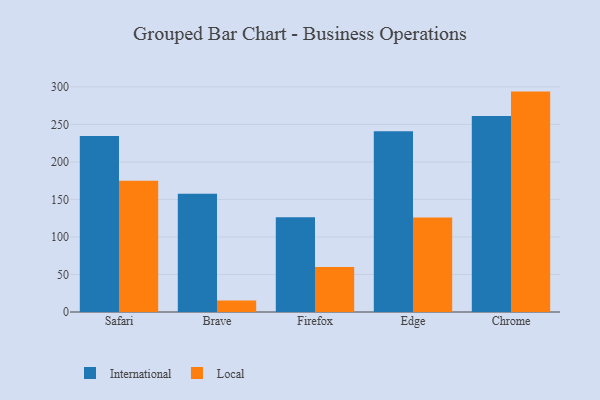
{"axis": {"x": "Browser", "y": "Shipments"}, "legend": ["International", "Local"], "data": [{"x": "Safari", "y": 234.4, "type": "International"}, {"x": "Safari", "y": 174.9, "type": "Local"}, {"x": "Brave", "y": 157.7, "type": "International"}, {"x": "Brave", "y": 15.3, "type": "Local"}, {"x": "Firefox", "y": 126.1, "type": "International"}, {"x": "Firefox", "y": 59.8, "type": "Local"}, {"x": "Edge", "y": 240.9, "type": "International"}, {"x": "Edge", "y": 125.9, "type": "Local"}, {"x": "Chrome", "y": 261.2, "type": "International"}, {"x": "Chrome", "y": 293.7, "type": "Local"}]}